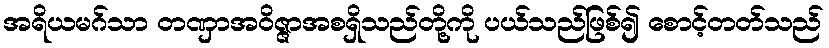
အရိယမဂ်သာ တဏှာအဝိဇ္ဇာအစရှိသည်တို့ကို ပယ်သည်ဖြစ်၍ စောင့်တတ်သည်